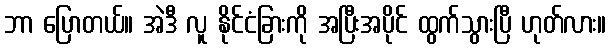
ဘာ ပြောတယ်။ အဲဒီ လူ နိုင်ငံခြားကို အပြီးအပိုင် ထွက်သွားပြီ ဟုတ်လား။